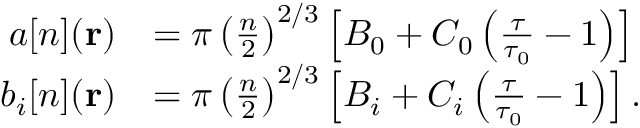
\begin{array} { r l } { a [ n ] ( \mathbf { r } ) } & { = \pi \left( \frac { n } { 2 } \right) ^ { 2 / 3 } \left[ B _ { 0 } + C _ { 0 } \left( \frac { \tau } { \tau _ { 0 } } - 1 \right) \right] } \\ { b _ { i } [ n ] ( \mathbf { r } ) } & { = \pi \left( \frac { n } { 2 } \right) ^ { 2 / 3 } \left[ B _ { i } + C _ { i } \left( \frac { \tau } { \tau _ { 0 } } - 1 \right) \right] . } \end{array}